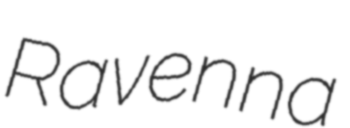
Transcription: Ravenna